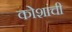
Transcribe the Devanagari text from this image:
कोशांची